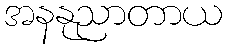
အနနုညာတာယ